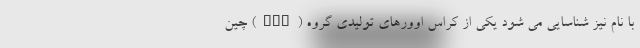
با نام نیز شناسایی می شود یکی از کراس اوورهای تولیدی گروه (JAC) چین